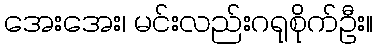
အေးအေး၊ မင်းလည်းဂရုစိုက်ဦး။